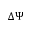
\Delta \Psi